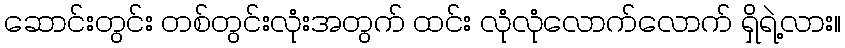
ဆောင်းတွင်း တစ်တွင်းလုံးအတွက် ထင်း လုံလုံလောက်လောက် ရှိရဲ့လား။